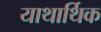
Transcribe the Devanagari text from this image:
याथार्थिक